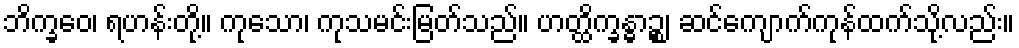
ဘိက္ခဝေ၊ ရဟန်းတို့။ ကုသော၊ ကုသမင်းမြတ်သည်။ ဟတ္ထိက္ခန္ဓာဉ္စ၊ ဆင်ကျောက်ကုန်ထက်သို့လည်း။